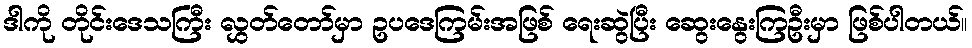
ဒါကို တိုင်းဒေသကြီး လွှတ်တော်မှာ ဥပဒေကြမ်းအဖြစ် ရေးဆွဲပြီး ဆွေးနွေးကြဦးမှာ ဖြစ်ပါတယ်။